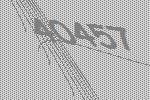
40457